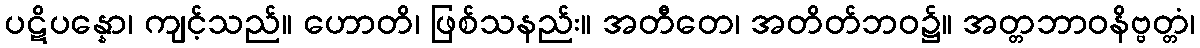
ပဋိပန္နော၊ ကျင့်သည်။ ဟောတိ၊ ဖြစ်သနည်း။ အတီတေ၊ အတိတ်ဘဝ၌။ အတ္တဘာဝနိဗ္ဗတ္တံ၊